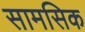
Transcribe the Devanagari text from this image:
सामसिक